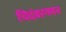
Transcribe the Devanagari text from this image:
चिदंबरगमन